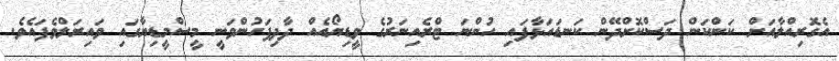
އެގޮރިއްލާއަށް ކަންކަން ދަސްކޮށްދޭން ކަނޑައަޅާފައި ހުންނަ ޓްރެއިނަރުގެ ވީޑިޔޯއެއް ދާދިފަހުންވަނީ މީސްމީޑިޔާގައި ވައިރަލްވެފައެވެ.